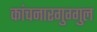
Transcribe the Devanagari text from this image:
कांचनारगुग्गुल